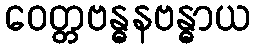
ဝေတ္တဗန္ဓနဗန္ဓာယ